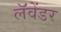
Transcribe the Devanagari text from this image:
लॅवेंडर